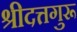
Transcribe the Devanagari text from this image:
श्रीदत्तगुरू